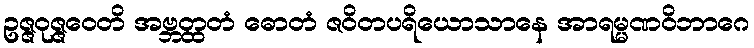
ဥဇ္ဇဝုဇ္ဇဝေတိ အဗ္ဘတ္ထတံ ဓောတံ ဇဝိတပရိယောသာနေ အာရမ္မဏဝိဘာဂေ